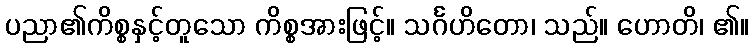
ပညာ၏ကိစ္စနှင့်တူသော ကိစ္စအားဖြင့်။ သင်္ဂဟိတော၊ သည်။ ဟောတိ၊ ၏။